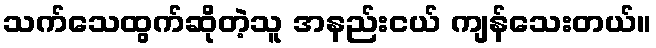
သက်သေထွက်ဆိုတဲ့သူ အနည်းငယ် ကျန်သေးတယ်။